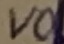
Text: VO